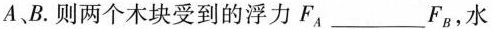
A、B.则两个木块受到的浮力F_{A}___F_{B}，水